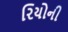
રિયોની